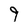
Character: 9